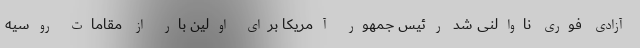
آزادی فوری ناوالنی شد رئیس جمهور آمریکا برای اولین بار از مقامات روسیه